system: You are a helpful assistant.
user:
Analyze the provided spectrum to determine if it is a **M-type Giant (gM)**.

A M-type Giant spectrum is defined by its **strong molecular absorption** features, particularly from **Titanium Oxide (TiO)**. You must check for one of the following mutually exclusive signatures:

- **Key Visual Indicators (Absorption-Dominated Spectrum):**

    - **(Primary):** The spectrum is dominated by strong molecular absorption from **Titanium Oxide (TiO)**. This is the **defining feature** of its M-type temperature class.
        - **(Key Bandheads):** Look for sharp, "saw-tooth" absorption valleys. The strongest are located near **~7050 Å**, **~6160 Å**, and **~5170 Å**.
        - **(Line Profile):** The "saw-tooth" morphology is critical: a **sharp, steep drop on the BLUE (short-wavelength) side** of the bandhead, followed by a gradual recovery (rising flux) towards the RED (long-wavelength) side.

    - **(Key Confirmation - Giant vs. Dwarf):** **ABSENCE** of strong **Calcium Hydride (CaH)** molecular bands. This is the primary diagnostic for *excluding* M-dwarfs.
        - **(Key Region):** The spectrum should lack the strong, broad absorption band seen in dwarfs between **~6800 Å and ~7000 Å**.

    - **(Secondary Confirmation - Giant):** A very strong and broad **Neutral Calcium (Ca I)** atomic absorption line.
        - **(Key Line):** Located at **~4226 Å**. In a giant (gM), this line is significantly deeper and broader than the same line in an M-dwarf (dM) due to low surface gravity.

    - **(Overall Spectrum):**
        - The continuum is **extremely red-sloping** (i.e., flux is very low in the blue and rises dramatically towards the red).
        - The entire spectrum appears "chopped up" by the deep TiO bands.

Think first, call **spectral_visualization_tool** if needed to examine features in detail, then provide your final answer. Your response must adhere to the following strict rules:
1.  **Overall Structure:** Your response must follow the format `<think>...</think> <tool_call>...</tool_call> (if a tool is used) <answer>...</answer>`.
2.  **Tool Usage Constraint:** You may only make **one** tool call per turn.
3.  **Final Answer Format:** In the `<answer>` tag, your conclusion must be inside a `\boxed{}` command (e.g., `\boxed{YES}` or `\boxed{NO}`), followed by your justification.

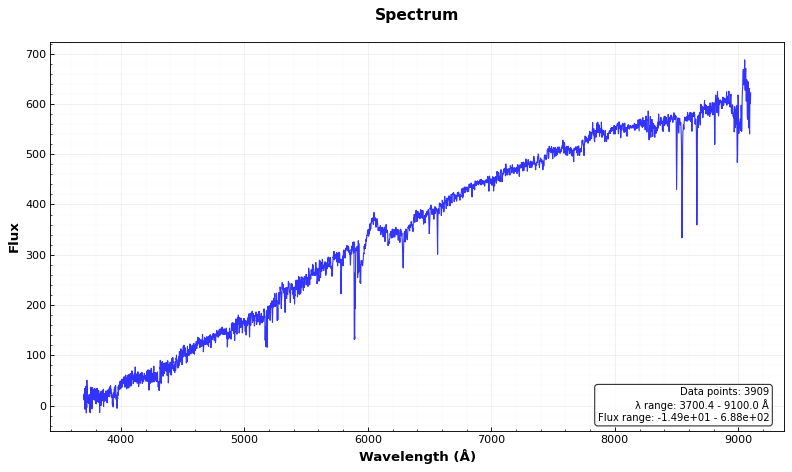
Answer: NO